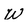
Character: W